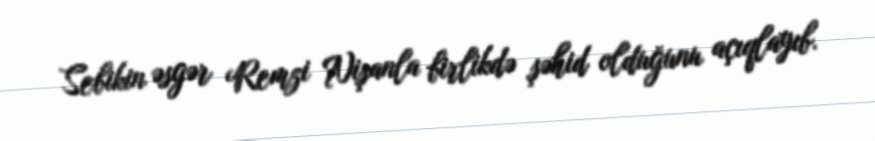
Sebikin əsgər Remzi Nişanla birlikdə şəhid olduğunu açıqlayıb.